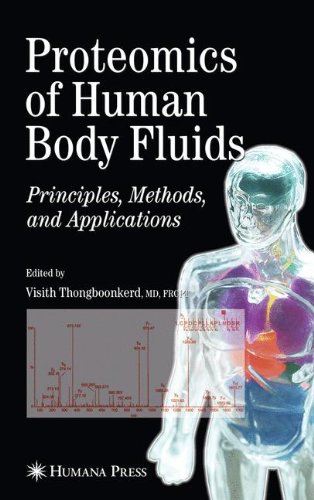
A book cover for Proteomics of Human Body Fluids: Principles, Methods, and Applications; Medical Books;